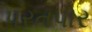
પરતપોર